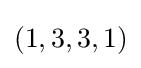
\textstyle (1,3,3,1)